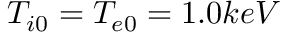
T _ { i 0 } = T _ { e 0 } = 1 . 0 k e V